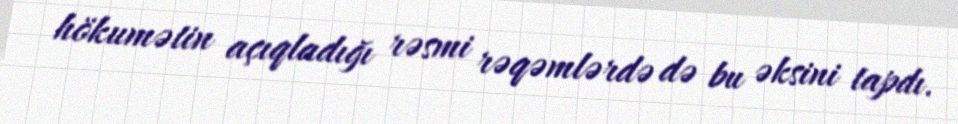
hökumətin açıqladığı rəsmi rəqəmlərdə də bu əksini tapdı.